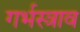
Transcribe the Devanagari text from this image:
गर्भस्त्राव